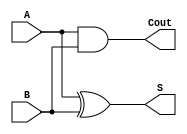
module halfAdder (S, Cout, A, B);
    input A,B;
    output Cout,S;

    assign S = A ^ B; // bitwise xor
    assign Cout = A & B; // bitwise and
    
endmodule